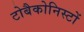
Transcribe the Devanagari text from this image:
टोबैकोनिस्टों